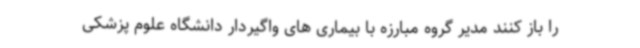
را باز کنند مدیر گروه مبارزه با بیماری های واگیردار دانشگاه علوم پزشکی